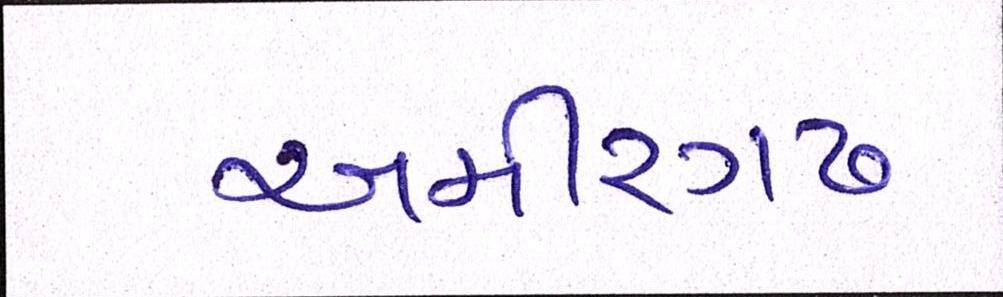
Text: અમીરગઢ